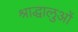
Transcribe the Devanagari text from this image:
श्राद्धालुओं